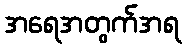
အရေအတွက်အရ